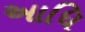
આધિ